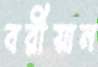
বরীয়ান